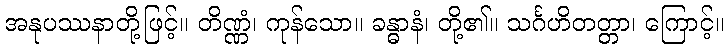
အနုပဿနာတို့ဖြင့်။ တိဏ္ဏံ၊ ကုန်သော။ ခန္ဓာနံ၊ တို့၏။ သင်္ဂဟိတတ္တာ၊ ကြောင့်။